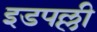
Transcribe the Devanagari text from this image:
इडपल्ली